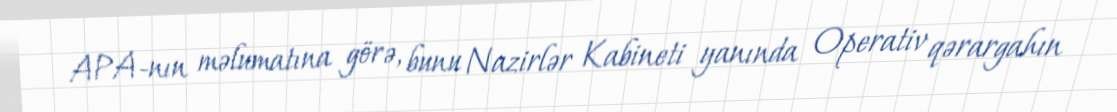
APA-nın məlumatına görə, bunu Nazirlər Kabineti yanında Operativ qərargahın